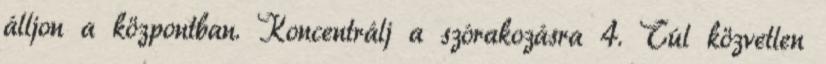
álljon a központban. Koncentrálj a szórakozásra 4. Túl közvetlen